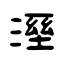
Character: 溼